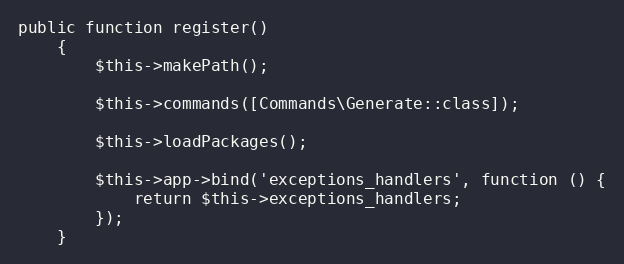
Language: PHP
public function register()
    {
        $this->makePath();

        $this->commands([Commands\Generate::class]);

        $this->loadPackages();

        $this->app->bind('exceptions_handlers', function () {
            return $this->exceptions_handlers;
        });
    }